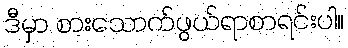
ဒီမှာ စားသောက်ဖွယ်ရာစာရင်းပါ။